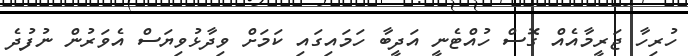
ހުރިހާ ޖަރީމާއެއް ގޮސް ހުއްޓެނީ އަދީބާ ހަމައިގައި ކަމަށް ވިދާޅުވިޔަސް އެވަރުން ނުފުދެ